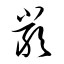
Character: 嚴